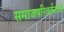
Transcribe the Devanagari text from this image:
समाजपरिवर्तनाची